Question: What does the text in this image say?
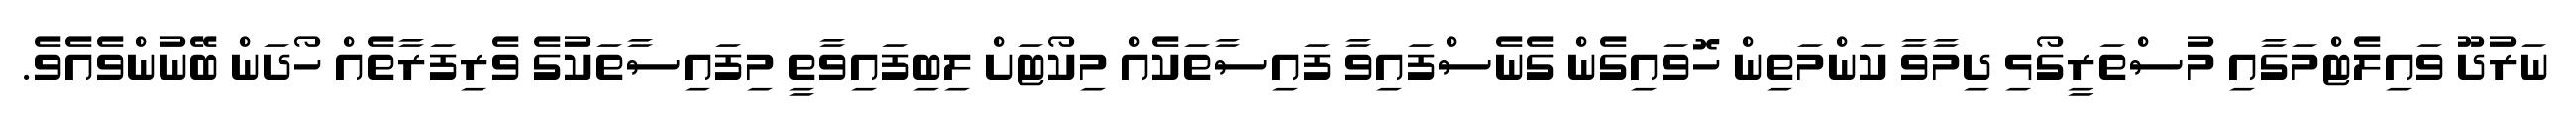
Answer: ނަރުދޫ ވައިލެޓްމަގާއި މުސްތަރީގޯޅި ދިމާވާ ކަންމަތިން ހޮވައިގެން ގެނެސްފައިވާ ފައިސާތަކެއް މިކޯޓަށް ލިބިފައިވާތީ މިފައިސާތަކުގެ ވެރިފަރާތެއް ހޯދަން ބޭނުންވެއެވެ.